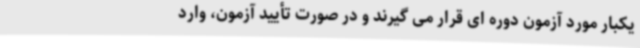
یکبار مورد آزمون دوره ای قرار می گیرند و در صورت تأیید آزمون، وارد